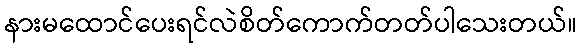
နားမထောင်ပေးရင်လဲစိတ်ကောက်တတ်ပါသေးတယ်။